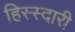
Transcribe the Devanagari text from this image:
हिस्स्दारी